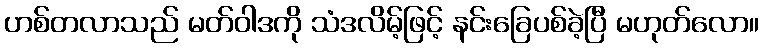
ဟစ်တလာသည် မတ်ဝါဒကို သံဒလိမ့်ဖြင့် နင်းခြေပစ်ခဲ့ပြီ မဟုတ်လော။